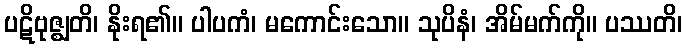
ပဋိဗုဇ္ဈတိ၊ နိုးရ၏။ ပါပကံ၊ မကောင်းသော။ သုပိနံ၊ အိမ်မက်ကို။ ပဿတိ၊